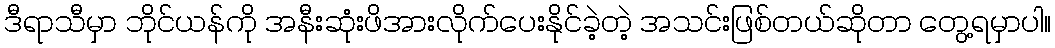
ဒီရာသီမှာ ဘိုင်ယန်ကို အနီးဆုံးဖိအားလိုက်ပေးနိုင်ခဲ့တဲ့ အသင်းဖြစ်တယ်ဆိုတာ တွေ့ရမှာပါ။